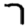
Digit: 7